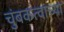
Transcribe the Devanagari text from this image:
चुंबकत्वाच्या